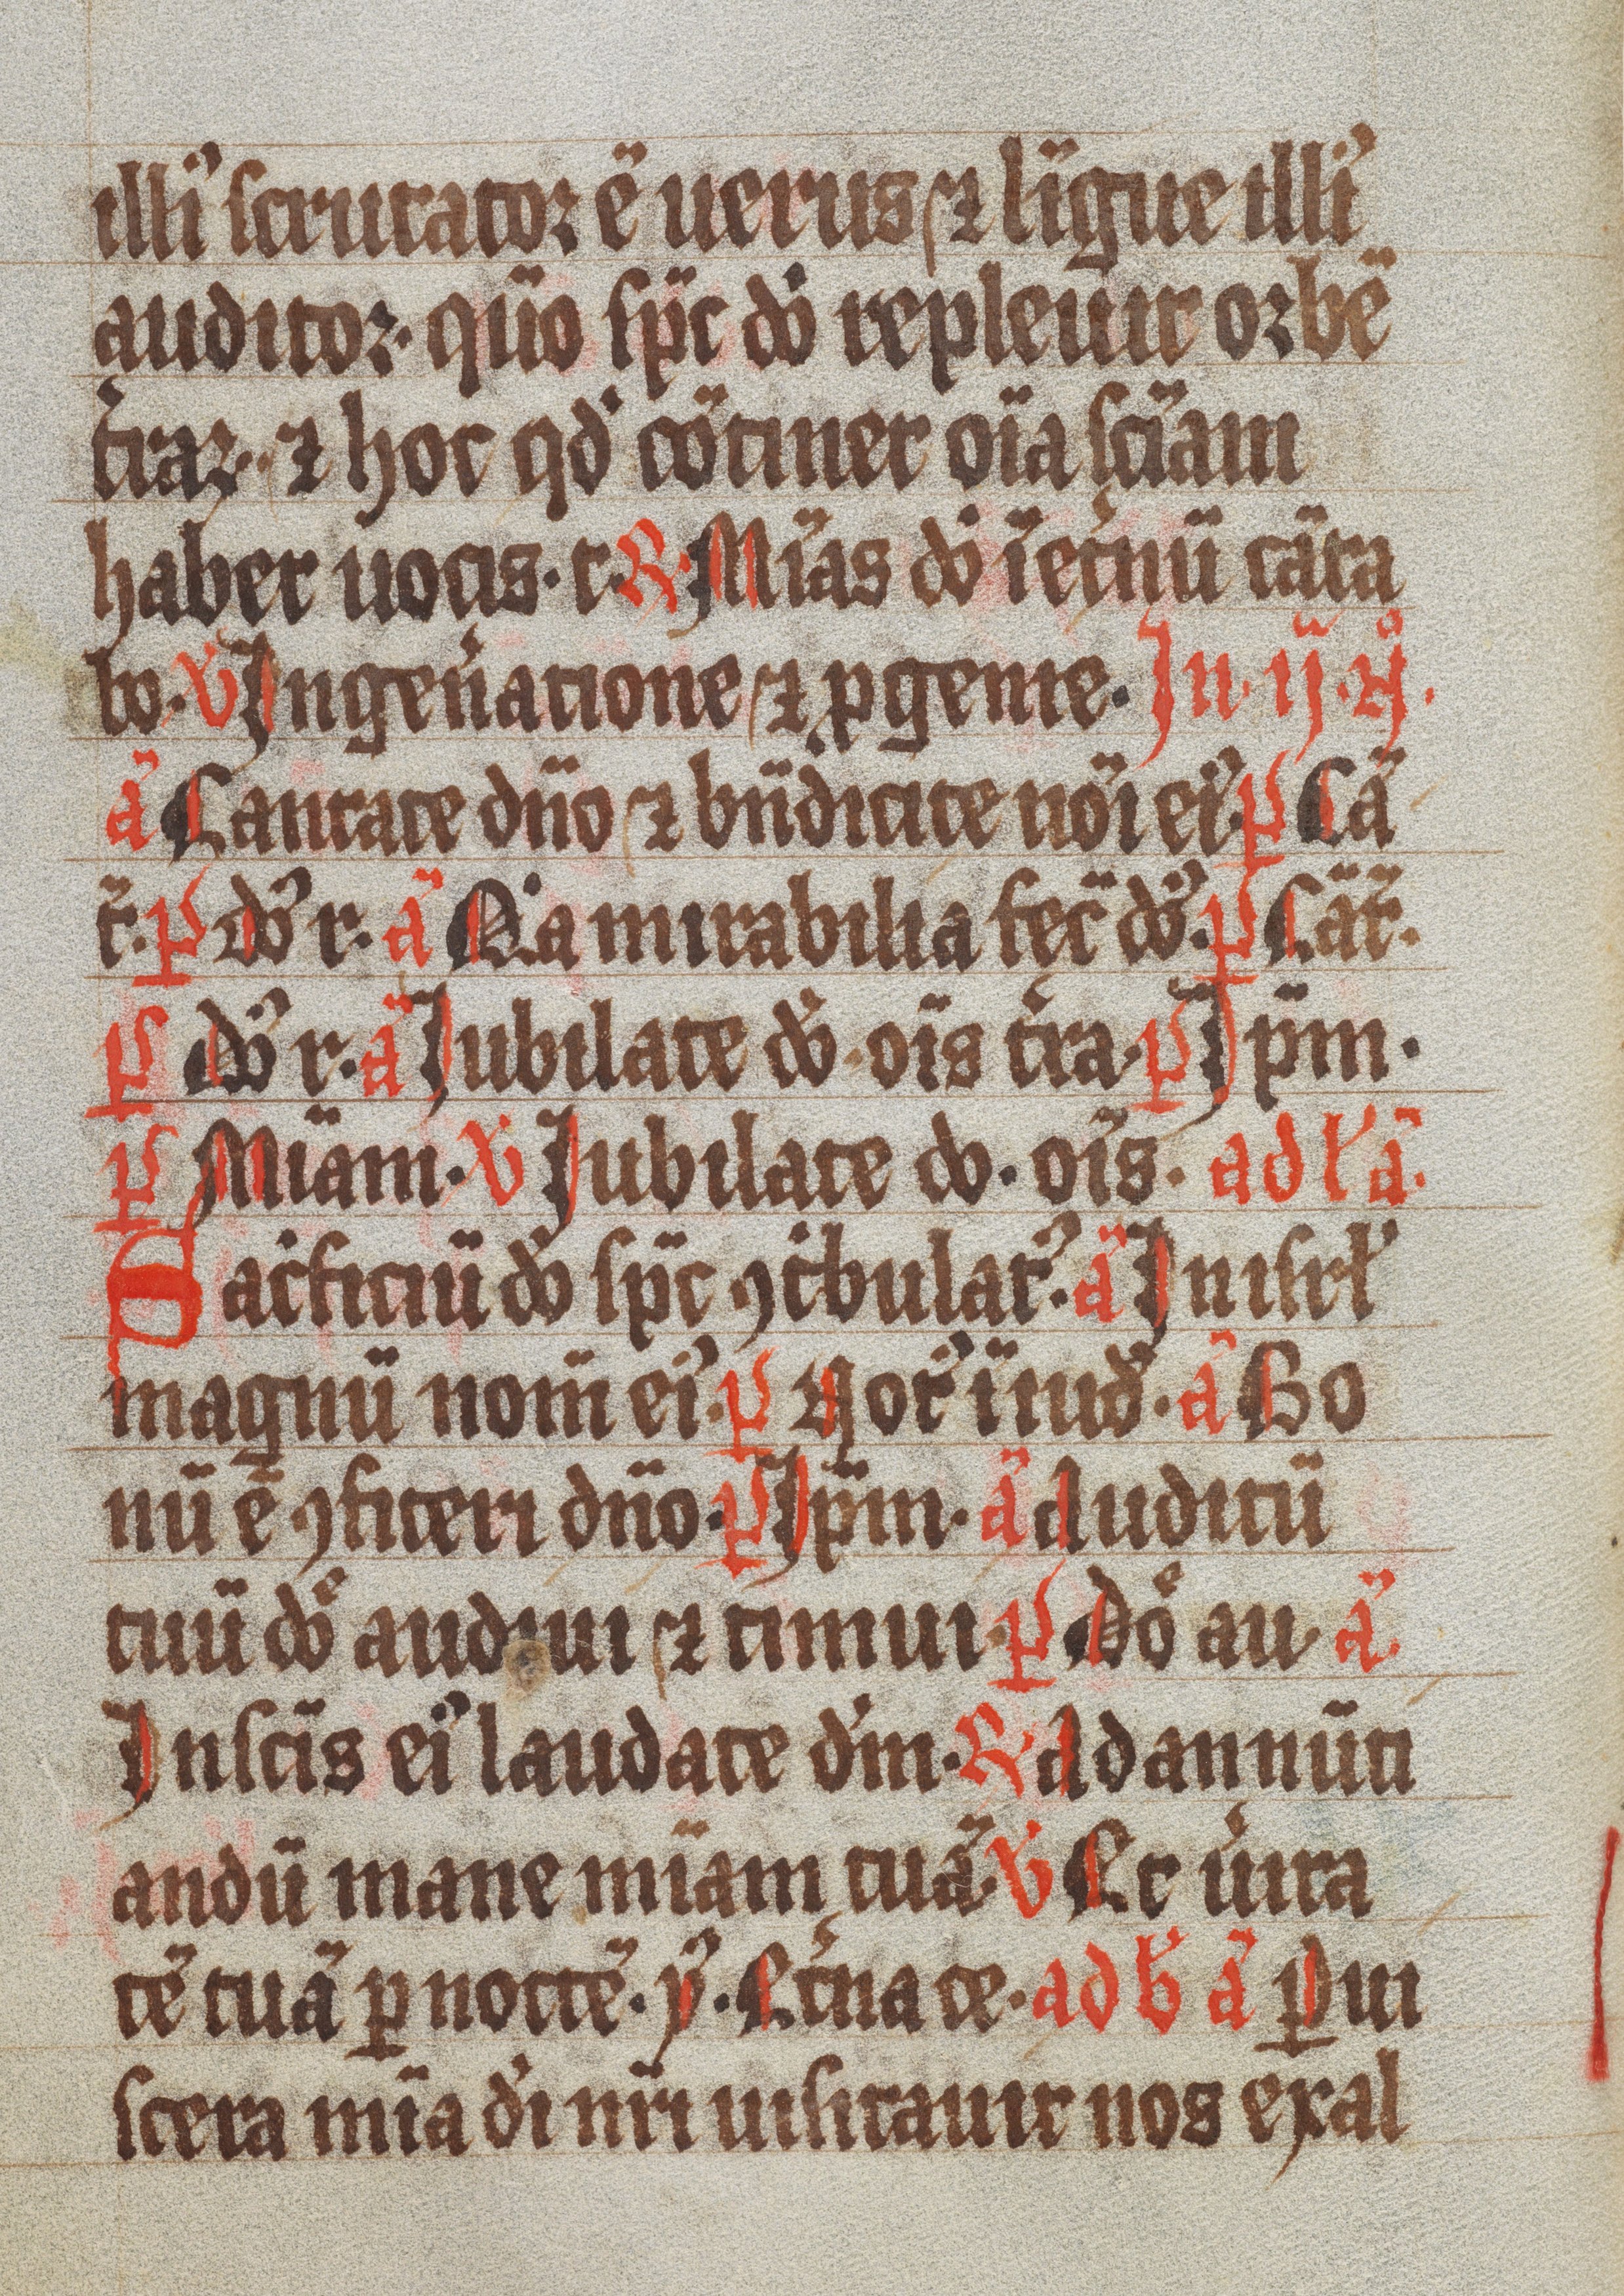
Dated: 1300–1499